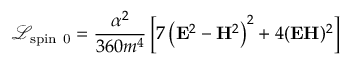
\mathcal { L } _ { \mathrm { s p i n ~ 0 } } = \frac { \alpha ^ { 2 } } { 3 6 0 m ^ { 4 } } \left[ 7 \left( \mathbf { E } ^ { 2 } - \mathbf { H } ^ { 2 } \right) ^ { 2 } + 4 ( \mathbf { E H } ) ^ { 2 } \right]